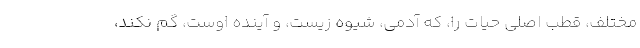
مختلف، قطب اصلی حیات را، که آدمی، شیوه زیست، و آینده اوست، گم نکند،